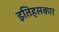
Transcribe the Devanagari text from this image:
इतिहसकार